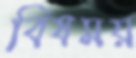
বিষময়